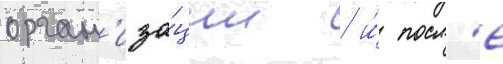
орган'иза́ции / и́ посл'е